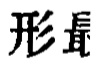
形彘